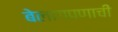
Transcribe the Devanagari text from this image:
बेलागपणाची